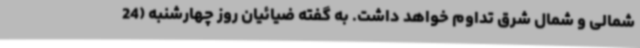
شمالی و شمال شرق تداوم خواهد داشت. به گفته ضیائیان روز چهارشنبه (24